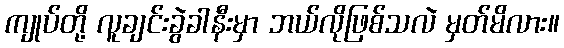
ကျုပ်တို့ လူချင်းခွဲခါနီးမှာ ဘယ်လိုဖြစ်သလဲ မှတ်မိလား။